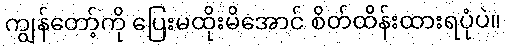
ကျွန်တော့်ကို ပြေးမထိုးမိအောင် စိတ်ထိန်းထားရပုံပဲ။